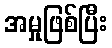
အမှုဖြစ်ပြီး